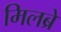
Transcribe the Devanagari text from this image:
मिलब्रे